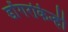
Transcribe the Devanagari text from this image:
डोंगरकिन्ही